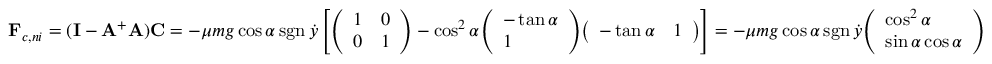
\mathbf { F } _ { c , n i } = ( \mathbf { I } - \mathbf { A } ^ { + } \mathbf { A } ) \mathbf { C } = - \mu m g \cos \alpha \operatorname { s g n } { \dot { y } } \left[ { \left( \begin{array} { l l } { 1 } & { 0 } \\ { 0 } & { 1 } \end{array} \right) } - \cos ^ { 2 } \alpha { \left( \begin{array} { l } { - \tan \alpha } \\ { 1 } \end{array} \right) } { \left( \begin{array} { l l } { - \tan \alpha } & { 1 } \end{array} \right) } \right] = - \mu m g \cos \alpha \operatorname { s g n } { \dot { y } } { \left( \begin{array} { l } { \cos ^ { 2 } \alpha } \\ { \sin \alpha \cos \alpha } \end{array} \right) }